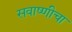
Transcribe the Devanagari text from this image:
सवाष्णीचा